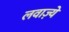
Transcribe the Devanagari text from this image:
लवाज़्ये